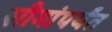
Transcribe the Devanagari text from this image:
सीमांपर्यंत